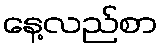
နေ့လည်စာ